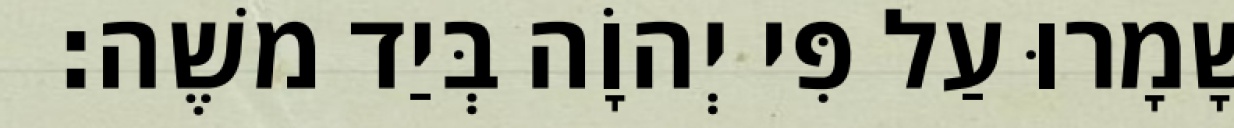
שָׁמָרוּ עַל פִּי יְהוָֹה בְּיַד משֶׁה׃